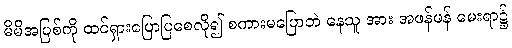
မိမိအပြစ်ကို ထင်ရှားပြောပြစေလို၍ စကားမပြောဘဲ နေသူ အား အဖန်ဖန် မေးရာ၌